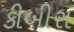
કીબીરા